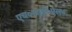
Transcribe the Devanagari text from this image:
एच०आई०एल०